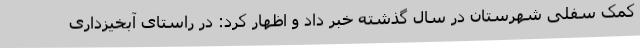
کمک سفلی شهرستان در سال گذشته خبر داد و اظهار کرد: در راستای آبخیزداری